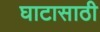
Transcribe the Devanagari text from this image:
घाटासाठी